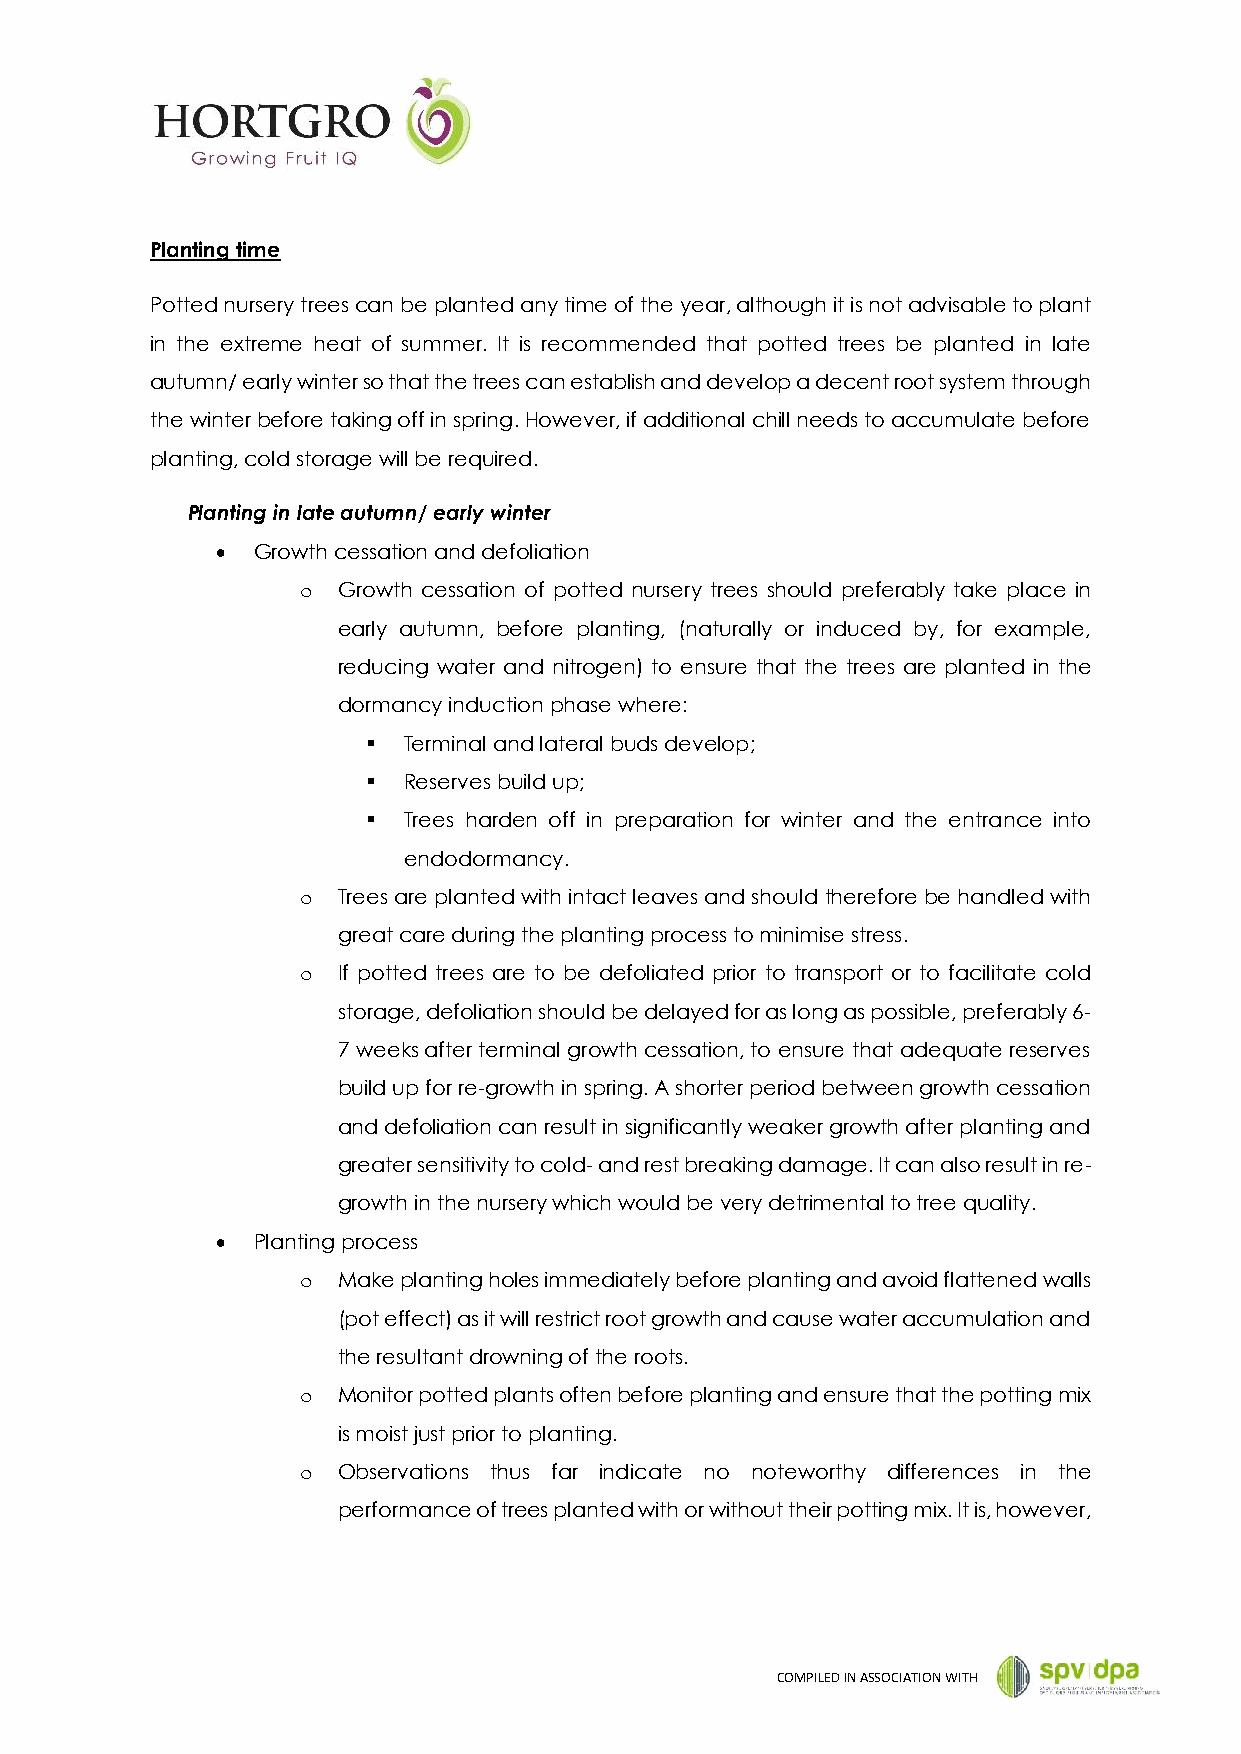
Planting time
 Potted nursery trees can be planted any time of the year, although it is not advisable to plant
 in the extreme heat of summer. It is recommended that potted trees be planted in late
 autumn/ early winter so that the trees can establish and develop a decent root system through
 the winter before taking off in spring. However, if additional chill needs to accumulate before
 planting, cold storage will be required.
 Planting in late autumn/ early winter
   Growth cessation and defoliation
 o Growth cessation of potted nursery trees should preferably take place in
 early autumn, before planting, (naturally or induced by, for example,
 reducing water and nitrogen) to ensure that the trees are planted in the
 dormancy induction phase where:
   Terminal and lateral buds develop;
   Reserves build up;
   Trees harden off in preparation for winter and the entrance into
 endodormancy.
 o Trees are planted with intact leaves and should therefore be handled with
 great care during the planting process to minimise stress.
 o If potted trees are to be defoliated prior to transport or to facilitate cold
 storage, defoliation should be delayed for as long as possible, preferably 6-
 7 weeks after terminal growth cessation, to ensure that adequate reserves
 build up for re-growth in spring. A shorter period between growth cessation
 and defoliation can result in significantly weaker growth after planting and
 greater sensitivity to cold- and rest breaking damage. It can also result in re-
 growth in the nursery which would be very detrimental to tree quality.
   Planting process
 o Make planting holes immediately before planting and avoid flattened walls
 (pot effect) as it will restrict root growth and cause water accumulation and
 the resultant drowning of the roots.
 o Monitor potted plants often before planting and ensure that the potting mix
 is moist just prior to planting.
 o Observations thus far indicate no noteworthy differences in the
 performance of trees planted with or without their potting mix. It is, however,
 COMPILED IN ASSOCIATION WITH